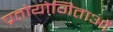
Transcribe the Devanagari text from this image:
प्रतोयोगिताओं